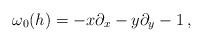
LaTeX: \begin{align*}\omega_0(h)=-x\partial_x-y\partial_y-1\,,\end{align*}